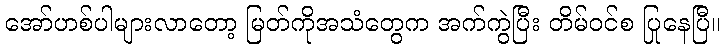
အော်ဟစ်ပါများလာတော့ မြတ်ကိုအသံတွေက အက်ကွဲပြီး တိမ်ဝင်စ ပြုနေပြီ။